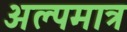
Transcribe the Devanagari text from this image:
अल्पमात्र